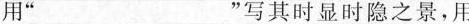
用 ” ___” 写其时显时隐之景，用